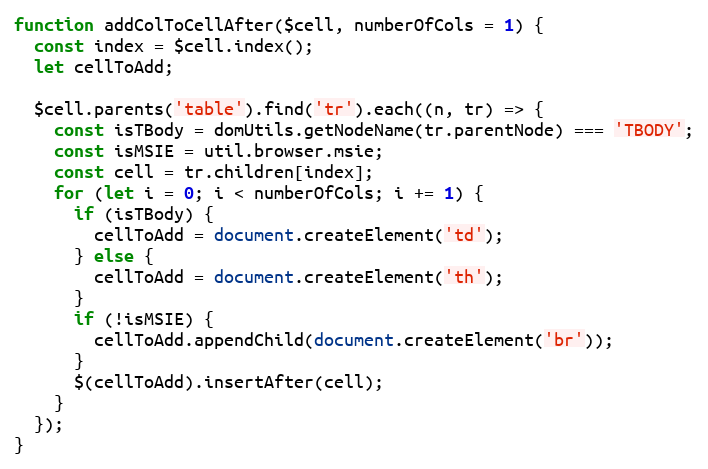
Language: JavaScript
function addColToCellAfter($cell, numberOfCols = 1) {
  const index = $cell.index();
  let cellToAdd;

  $cell.parents('table').find('tr').each((n, tr) => {
    const isTBody = domUtils.getNodeName(tr.parentNode) === 'TBODY';
    const isMSIE = util.browser.msie;
    const cell = tr.children[index];
    for (let i = 0; i < numberOfCols; i += 1) {
      if (isTBody) {
        cellToAdd = document.createElement('td');
      } else {
        cellToAdd = document.createElement('th');
      }
      if (!isMSIE) {
        cellToAdd.appendChild(document.createElement('br'));
      }
      $(cellToAdd).insertAfter(cell);
    }
  });
}